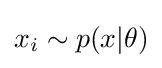
x_{i}\sim p(x|\theta )